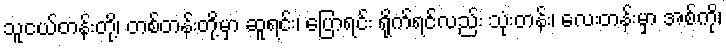
သူငယ်တန်းတို့၊ တစ်တန်းတို့မှာ ဆူရင်း၊ ပြောရင်း ရိုက်ရင်လည်း သုံးတန်း၊ လေးတန်းမှာ အစ်ကို၊